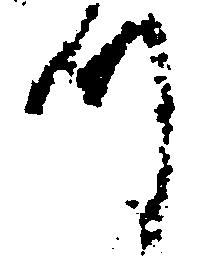
つ